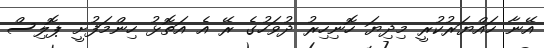
އޭނާ ހައްޔަރުކުރީ މިދިޔަ ހޮނިހިރު ދުވަހުގެ ރޭ އެ އަތޮޅު ހިންމަފުށީ ޕޮލިސް